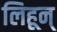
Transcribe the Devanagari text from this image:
लिहून्